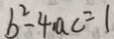
b ^ { 2 } - 4 a c = 1